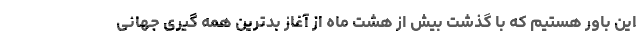
این باور هستیم که با گذشت بیش از هشت ماه از آغاز بدترین همه گیری جهانی